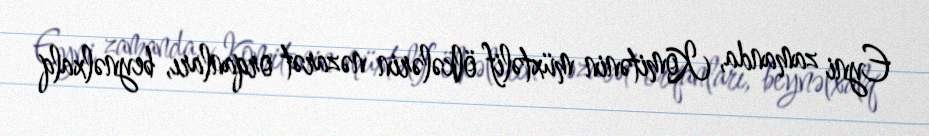
Eyni zamanda, Komitənin müxtəlif ölkələrin nəzarət orqanları, beynəlxalq